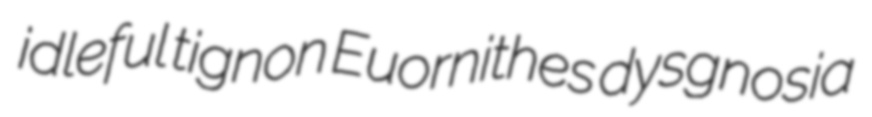
idleful tignon Euornithes dysgnosia